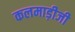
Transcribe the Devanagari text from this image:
कलमाड़ीजी